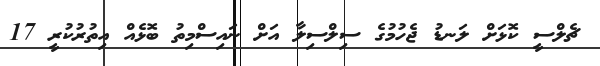
ޗެލްސީ ކޮޅަށް ލަނޑު ޖެހުމުގެ ސިލްސިލާ އަށް ނައިސްމިތު ބޮޅެއް އިތުރުކުރީ 17